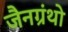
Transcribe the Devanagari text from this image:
जैनग्रंथो